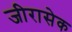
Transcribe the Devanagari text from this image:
जीरासेक